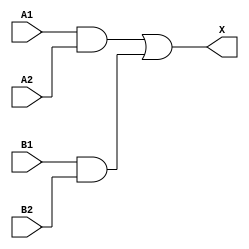
/*
 * Copyright 2020 The SkyWater PDK Authors
 *
 * Licensed under the Apache License, Version 2.0 (the "License");
 * you may not use this file except in compliance with the License.
 * You may obtain a copy of the License at
 *
 *     https://www.apache.org/licenses/LICENSE-2.0
 *
 * Unless required by applicable law or agreed to in writing, software
 * distributed under the License is distributed on an "AS IS" BASIS,
 * WITHOUT WARRANTIES OR CONDITIONS OF ANY KIND, either express or implied.
 * See the License for the specific language governing permissions and
 * limitations under the License.
 *
 * SPDX-License-Identifier: Apache-2.0
*/


`ifndef SKY130_FD_SC_HVL__A22O_BEHAVIORAL_V
`define SKY130_FD_SC_HVL__A22O_BEHAVIORAL_V

/**
 * a22o: 2-input AND into both inputs of 2-input OR.
 *
 *       X = ((A1 & A2) | (B1 & B2))
 *
 * Verilog simulation functional model.
 */

`timescale 1ns / 1ps
`default_nettype none

`celldefine
module sky130_fd_sc_hvl__a22o (
    X ,
    A1,
    A2,
    B1,
    B2
);

    // Module ports
    output X ;
    input  A1;
    input  A2;
    input  B1;
    input  B2;

    // Module supplies
    supply1 VPWR;
    supply0 VGND;
    supply1 VPB ;
    supply0 VNB ;

    // Local signals
    wire and0_out ;
    wire and1_out ;
    wire or0_out_X;

    //  Name  Output     Other arguments
    and and0 (and0_out , B1, B2            );
    and and1 (and1_out , A1, A2            );
    or  or0  (or0_out_X, and1_out, and0_out);
    buf buf0 (X        , or0_out_X         );

endmodule
`endcelldefine

`default_nettype wire
`endif  // SKY130_FD_SC_HVL__A22O_BEHAVIORAL_V